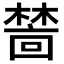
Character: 𬄜